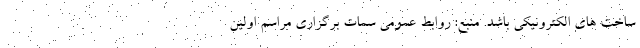
ساخت های الکترونیکی باشد. منبع: روابط عمومی سمات برگزاری مراسم اولین